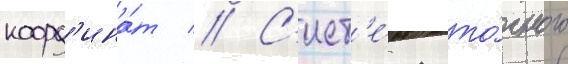
коорд'ина́т // С'ист'е́ма то́чного